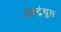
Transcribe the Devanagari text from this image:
प्लेक्ट्रंथुस